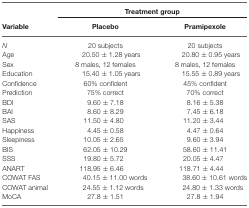
|  | <COLSPAN=2> Treatment group |
 | Variable | Placebo | Pramipexole |
 | --- | --- | --- |
 | N | 20 subjects | 20 subjects |
 | Age | 20.50 ± 1.28 years | 20.80 ± 0.95 years |
 | Sex | 8 males, 12 females | 8 males, 12 females |
 | Education | 15.40 ± 1.05 years | 15.55 ± 0.89 years |
 | Confidence | 60% confident | 45% confident |
 | Prediction | 75% correct | 70% correct |
 | BDI | 9.60 ± 7.18 | 8.16 ± 5.38 |
 | BAI | 8.60 ± 8.29 | 7.45 ± 6.18 |
 | SAS | 11.50 ± 4.80 | 11.20 ± 3.44 |
 | Happiness | 4.45 ± 0.58 | 4.47 ± 0.64 |
 | Sleepiness | 10.05 ± 2.65 | 9.60 ± 3.94 |
 | BIS | 62.05 ± 10.29 | 58.60 ± 11.41 |
 | SSS | 19.80 ± 5.72 | 20.05 ± 4.47 |
 | ANART | 118.95 ± 6.46 | 118.71 ± 4.44 |
 | COWAT FAS | 40.15 ± 11.00 words | 38.60 ± 10.61 words |
 | COWAT animal | 24.55 ± 1.12 words | 24.80 ± 1.33 words |
 | MoCA | 27.8 ± 1.51 | 27.8 ± 1.94 |